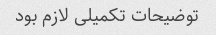
توضیحات تکمیلی لازم بود